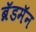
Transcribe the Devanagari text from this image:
ब्रॅडमॅन